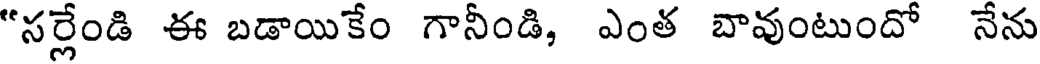
"సర్లేండి ఈ బడాయికేం గానీండి, ఎంత బావుంటుందో నేను